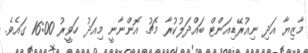
މާޒިޔާ އަދި ނިއުރޭޑިއަންޓް ބައްދަލުކުރާ މެޗު އޮންނާނީ މިއަދު ހަވީރު 16:00 ގައެވެ.